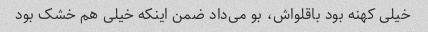
خیلی کهنه بود باقلواش، بو می‌داد ضمن اینکه خیلی هم خشک بود